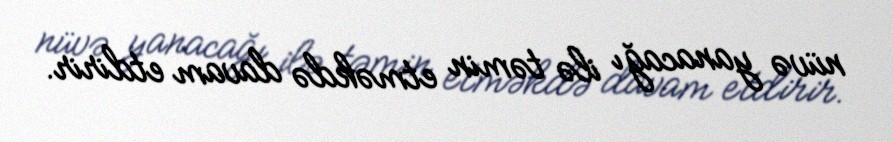
nüvə yanacağı ilə təmin etməkdə davam etdirir.